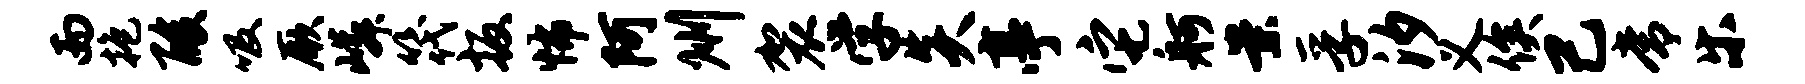
而抱酸吸厥嶙筏扳怖阿州袈学炎亭它舸案孚汐义俟己常乐